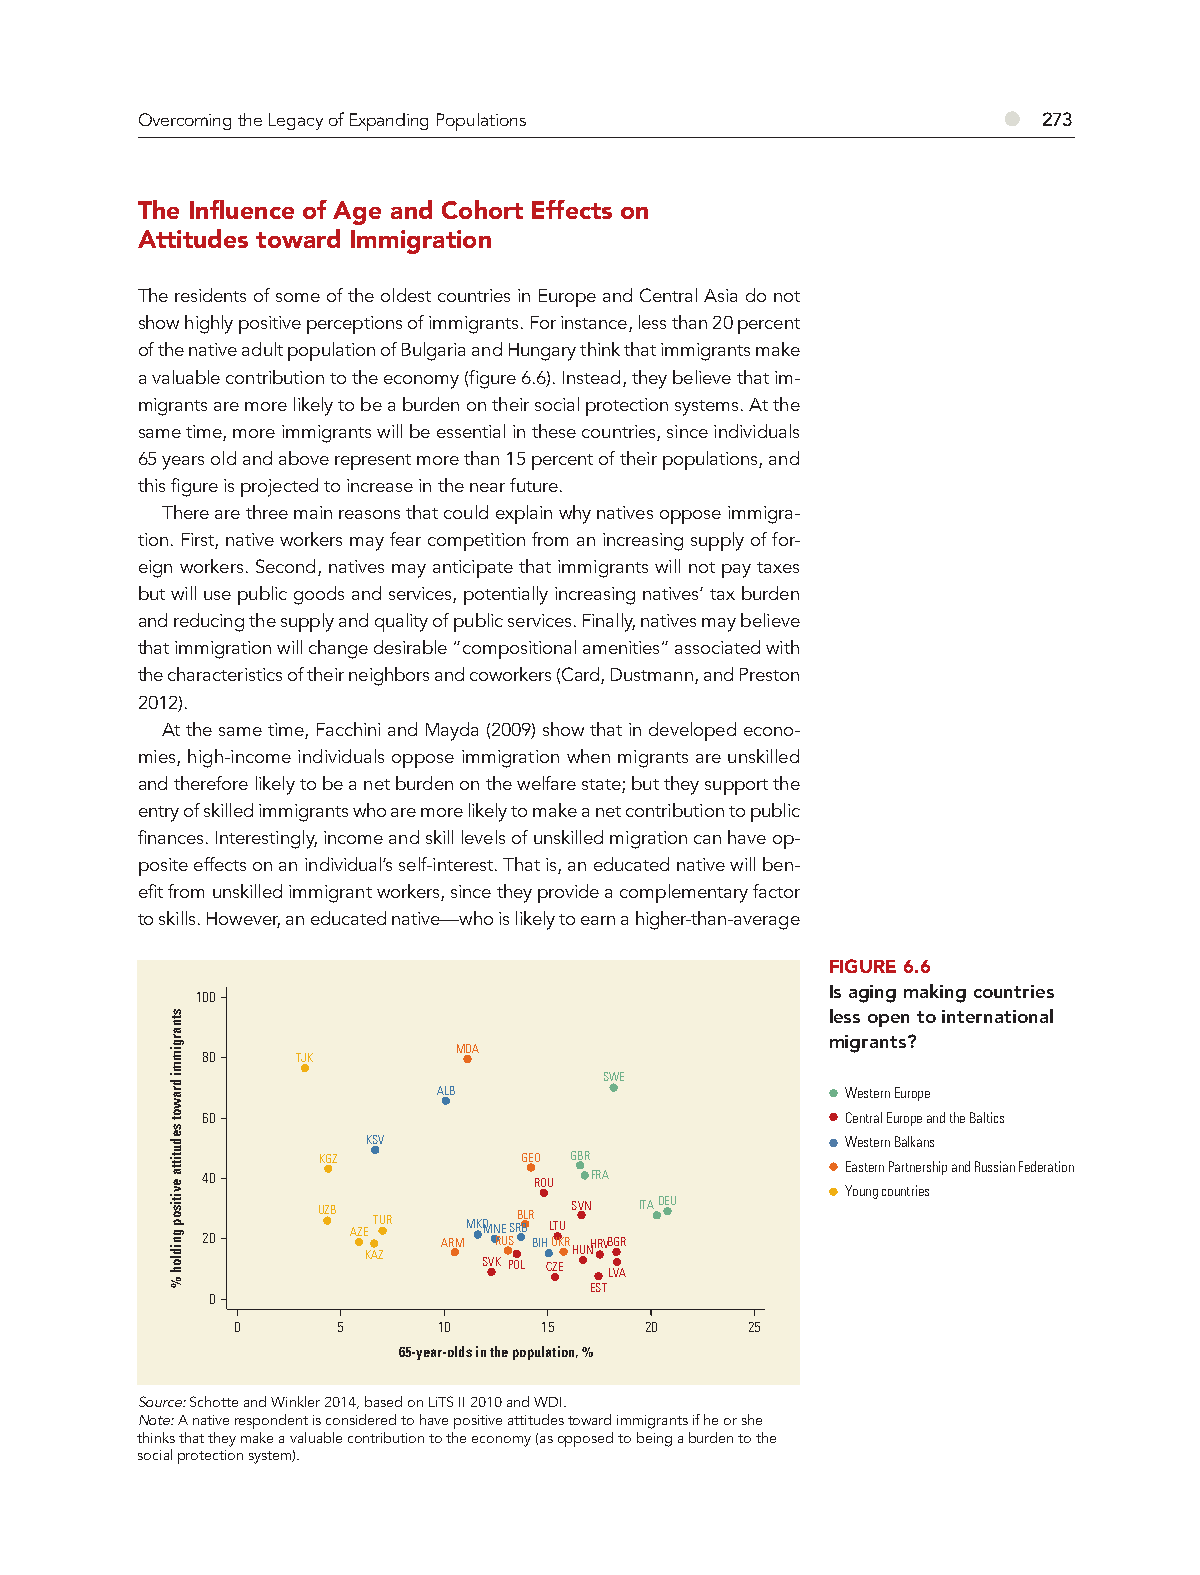
Overcoming the Legacy of Expanding Populations           ●  273
 The Influence of Age and Cohort Effects on
 Attitudes toward Immigration
 The residents of some of the oldest countries in Europe and Central Asia do not
 show highly positive perceptions of immigrants. For instance, less than 20 percent
 of the native adult population of Bulgaria and Hungary think that immigrants make
 a valuable contribution to the economy (figure 6.6). Instead, they believe that im-
 migrants are more likely to be a burden on their social protection systems. At the
 same time, more immigrants will be essential in these countries, since individuals
 65 years old and above represent more than 15 percent of their populations, and
 this figure is projected to increase in the near future.
 There are three main reasons that could explain why natives oppose immigra-
 tion. First, native workers may fear competition from an increasing supply of for-
 eign workers. Second, natives may anticipate that immigrants will not pay taxes
 but will use public goods and services, potentially increasing natives’ tax burden
 and reducing the supply and quality of public services. Finally, natives may believe
 that immigration will change desirable “compositional amenities” associated with
 the characteristics of their neighbors and coworkers (Card, Dustmann, and Preston
 2012).
 At the same time, Facchini and Mayda (2009) show that in developed econo-
 mies, high-income individuals oppose immigration when migrants are unskilled
 and therefore likely to be a net burden on the welfare state; but they support the
 entry of skilled immigrants who are more likely to make a net contribution to public
 finances. Interestingly, income and skill levels of unskilled migration can have op-
 posite effects on an individual’s self-interest. That is, an educated native will ben-
 efit from unskilled immigrant workers, since they provide a complementary factor
 to skills. However, an educated native—who is likely to earn a higher-than-average
 FIGURE 6.6
 Is aging making countries
 100
 less open to international
 migrants?
 MDA
 80     TJK
 SWE
 ALB                        Western Europe
 60                                         Central Europe and the Baltics
 KSV                             Western Balkans
 KGZ           GEO GBR
 Eastern Partnership and Russian Federation
 40                    ROU FRA              Young countries
 20      UZB AZE KAT ZUR ARMMKDMN RE USSRB BLR BIHL UT KU RS HV UN NHRVBGR ITADEU
 SVK POL CZE
 LVA
 EST
 0
 0      5      10     15     20     25
 65-year-olds in the population, %
 Source: Schotte and Winkler 2014, based on LiTS II 2010 and WDI.
 Note: A native respondent is considered to have positive attitudes t oward immigrants if he or she
 thinks that they make a valuable contribution to the economy (as o pposed to being a burden to the
 social protection system).
 stnargimmi
 drawot
 sedutitta
 evitisop
 gnidloh
 %